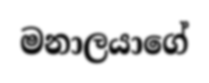
මනාලයාගේ